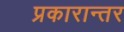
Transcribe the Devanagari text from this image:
प्रकारान्‍तर